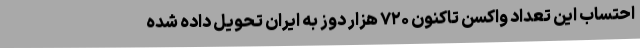
احتساب این تعداد واکسن تاکنون ۷۲۰ هزار دوز به ایران تحویل داده شده